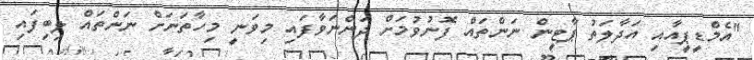
"އެމްޑީޕީއާއި އަދާލަތު ޕާޓީން ނަންތައް ފޮނުވުމަށް ދަންނަވާފައި މިވަނީ މިހާތަނަށް ނަންތައް ލިބިފައި